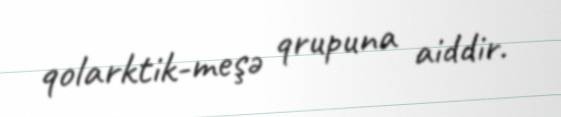
qolarktik-meşə qrupuna aiddir.